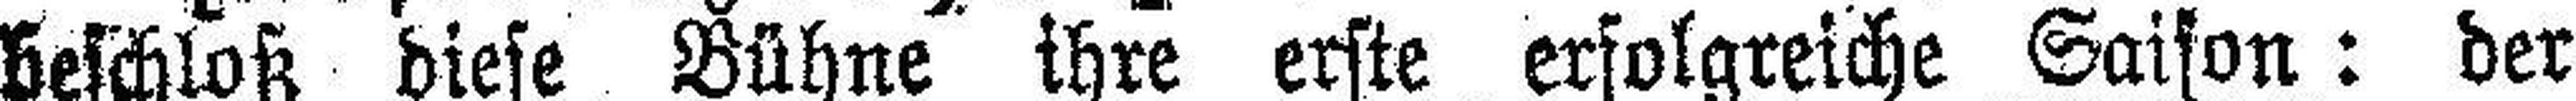
beschloß diese Bühne ihre erste erfolgreiche Saison: der